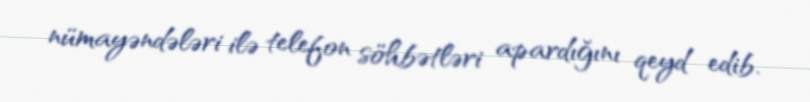
nümayəndələri ilə telefon söhbətləri apardığını qeyd edib.